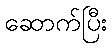
ဆောက်ပြီး